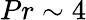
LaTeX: Pr\sim 4